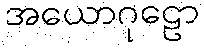
အယောဂုဠော